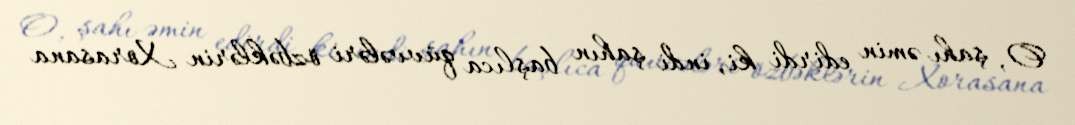
O, şahı əmin edirdi ki, indi şahın başlıca qüvvələri özbəklərin Xorasana